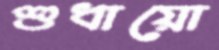
শুধায়ো